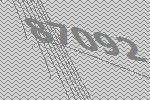
87092